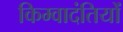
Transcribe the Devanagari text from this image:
किम्वादंतियों